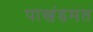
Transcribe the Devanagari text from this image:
पाखंडमत